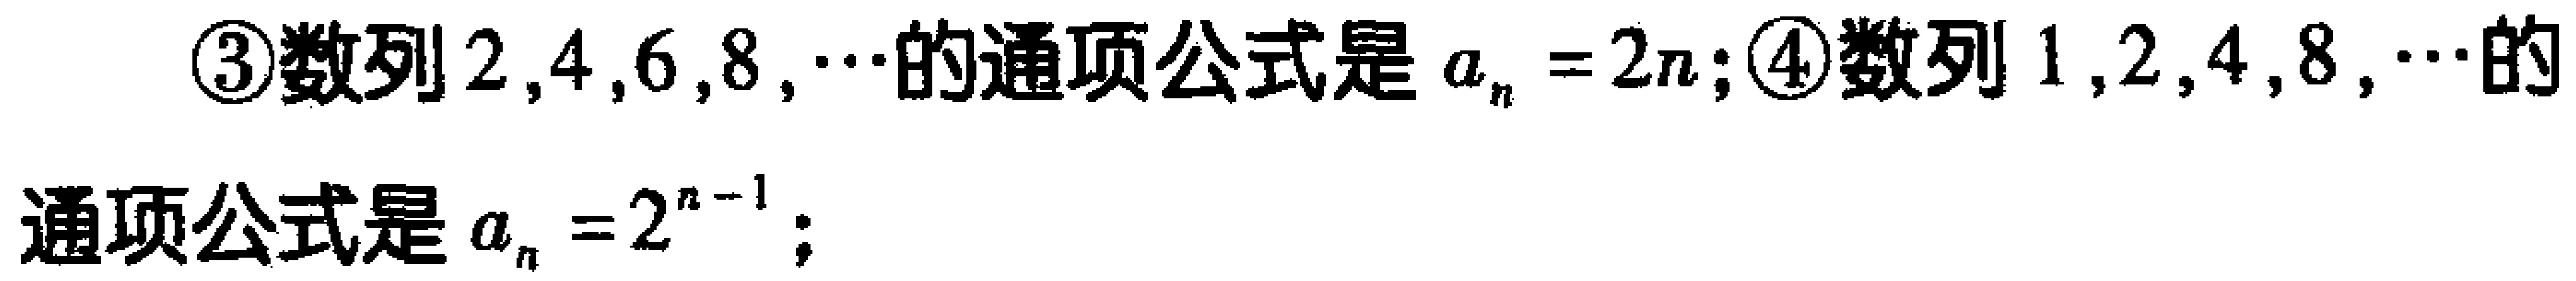
\textcircled{3}数列\(2,4,6,8,\cdots\)的通项公式是\(a_{n}=2n\); \textcircled{4}数列\(1,2,4,8,\cdots\)的通项公式是\(a_{n}=2^{n - 1}\);